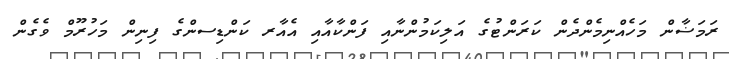
ރަމަޟާން މަހެއްނިމެންދެން ކަރަންޓުގެ އަލިކަމުންނާއި ފަންކާއާއި އެއާރ ކަންޑިސންގެ ފިނިން މަހުރޫމް ވެގެން